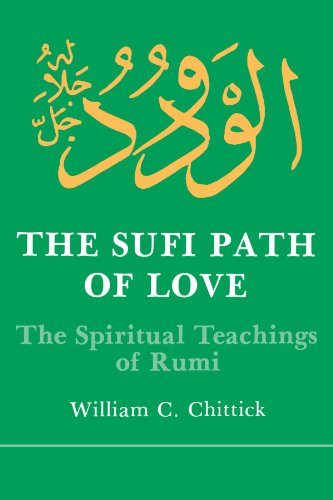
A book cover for The Sufi Path of Love: The Spiritual Teachings of Rumi (Suny Series in Islamic Spirituality) (Suny Series, Islamic Spirituality); William C. Chittick; Religion & Spirituality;